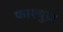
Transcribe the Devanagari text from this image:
फाश्युज़